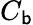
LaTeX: C_{\mathsf{b}}